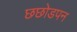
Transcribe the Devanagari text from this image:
छछोडपन